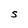
Character: S